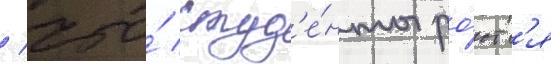
/ что́ студ'е́нты ро́ютс'я